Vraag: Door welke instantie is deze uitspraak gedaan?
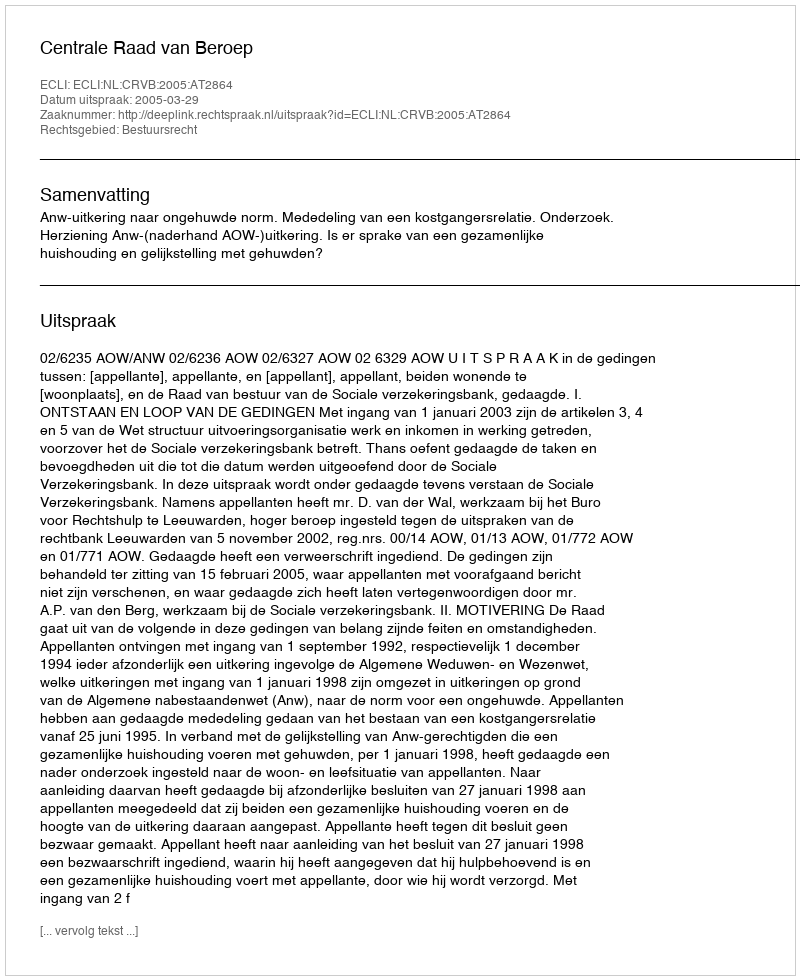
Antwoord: Centrale Raad van Beroep